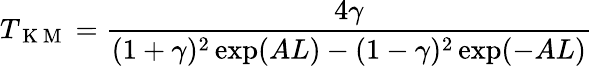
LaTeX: T_{\mathrm{~K~M~}}=\frac{4\gamma}{(1+\gamma)^{2}\exp(AL)-(1-\gamma)^{2}\exp(-AL)}